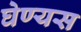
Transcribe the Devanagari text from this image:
घेण्यस